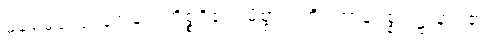
မမေ့မလျော့စေခြင်းကိစ္စရှိ၏။ မိစ္ဆာသတိပ္ပဟာနပစ္စုပဋ္ဌာနာ၊ ၏။